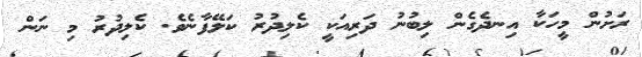
ރަށުން މީހަކާ އިނދެގެން ލިބުނު ދަރިއަކީ ކެލިދުރު ކަލޭފާނެވެ. ކެލިދުރު މި ނަން